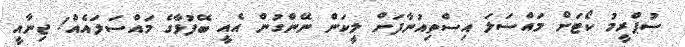
ސުޕްރީމު ކޯޓަށް މައްސަލަ އިސްތިއުނާފަށް ލީކަން ނޭންގުން އެއީ ބޭފުޅާގެ މައްސަލައެއް! ޖިނާއީ